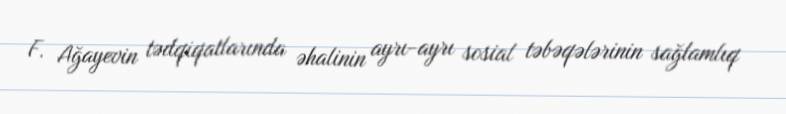
F. Ağayevin tədqiqatlarında əhalinin ayrı-ayrı sosial təbəqələrinin sağlamlıq